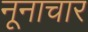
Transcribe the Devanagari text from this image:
नूनाचार